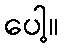
ပေါ့။